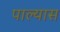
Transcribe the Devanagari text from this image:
पाल्यास